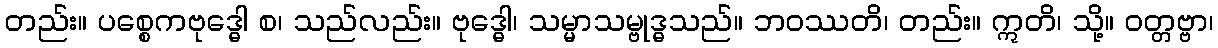
တည်း။ ပစ္စေကဗုဒ္ဓေါ စ၊ သည်လည်း။ ဗုဒ္ဓေါ၊ သမ္မာသမ္ဗုဒ္ဓသည်။ ဘဝဿတိ၊ တည်း။ ဣတိ၊ သို့။ ဝတ္တဗ္ဗာ၊